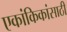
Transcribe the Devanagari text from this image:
एकांकिकांसाठी